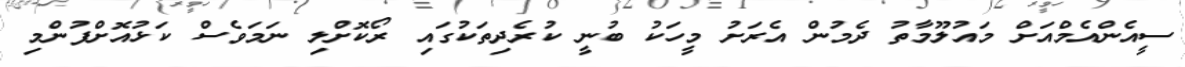
ސީއެންއެމްއަށް މައުލޫމާތު ދެމުން އެރަށު މީހަކު ބުނީ ކުރެދިތަކުގައި ރޯކޮށްލި ނަމަވެސް ކަޅުއޮށްފުންމި